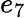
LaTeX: e_{7}